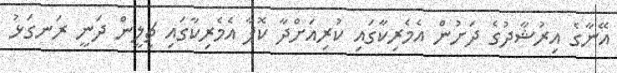
އޭނާގެ އިރުޝާދުގެ ދަށުން އެމެރިކާގައި ކުރިއަށްދާ ކޮޕާ އެމެރިކާގައި ޗިލީން ދަނީ ރަނގަޅު